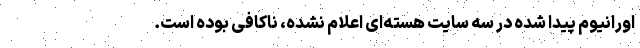
اورانیوم پیدا شده در سه سایت هسته‌ای اعلام نشده، ناکافی بوده است.